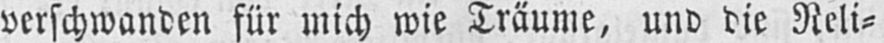
verschwanden für mich wie Träume, und die Reli⸗